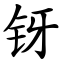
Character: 䥺